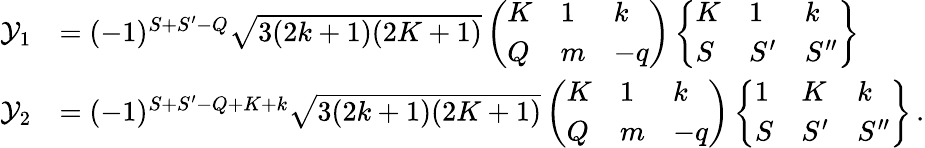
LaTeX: \begin{array}{rl}{\mathcal{Y}_{1}}&{=(-1)^{S+S^{\prime}-Q}\sqrt{3(2k+1)(2K+1)}\left(\begin{array}{lll}{K}&{1}&{k}\\ {Q}&{m}&{-q}\end{array}\right)\left\{ \begin{array}{lll}{K}&{1}&{k}\\ {S}&{S^{\prime}}&{S^{\prime\prime}}\end{array}\right\} }\\ {\mathcal{Y}_{2}}&{=(-1)^{S+S^{\prime}-Q+K+k}\sqrt{3(2k+1)(2K+1)}\left(\begin{array}{lll}{K}&{1}&{k}\\ {Q}&{m}&{-q}\end{array}\right)\left\{ \begin{array}{lll}{1}&{K}&{k}\\ {S}&{S^{\prime}}&{S^{\prime\prime}}\end{array}\right\} \, .}\end{array}